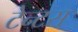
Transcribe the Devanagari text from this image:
टेन्टस